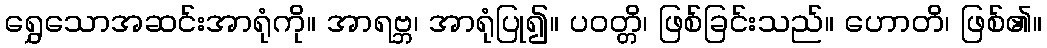
ရွှေသောအဆင်းအာရုံကို။ အာရဗ္ဘ၊ အာရုံပြု၍။ ပဝတ္တိ၊ ဖြစ်ခြင်းသည်။ ဟောတိ၊ ဖြစ်၏။